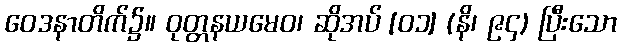
ဝေဒနာတိက်၌။ ဝုတ္တနယမေဝ၊ ဆိုအပ် [၀၁] (နိ၊ ၉၄) ပြီးသော